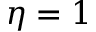
\eta = 1